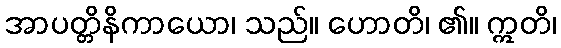
အာပတ္တိနိကာယော၊ သည်။ ဟောတိ၊ ၏။ ဣတိ၊